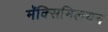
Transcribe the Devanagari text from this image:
मॅक्सिमिलयन